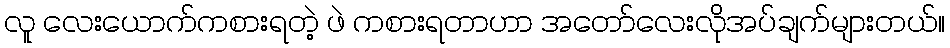
လူ လေးယောက်ကစားရတဲ့ ဖဲ ကစားရတာဟာ အတော်လေးလိုအပ်ချက်များတယ်။